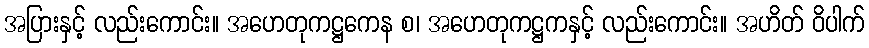
အပြားနှင့် လည်းကောင်း။ အဟေတုကဋ္ဌကေန စ၊ အဟေတုကဋ္ဌကနှင့် လည်းကောင်း။ အဟိတ် ဝိပါက်